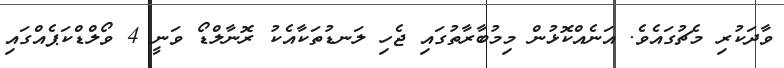
ވާދަކުރި މެޗުގައެވެ. އަނެއްކޮޅުން މިމުބާރާތުގައި ޖެހި ލަނޑުތަކާއެކު ރޮނާލްޑޯ ވަނީ 4 ވޯލްޑްކަޕެއްގައި